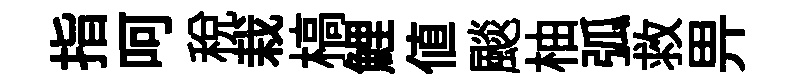
指呵税栽槁鯉值颷柚弧救畀